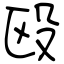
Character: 殴